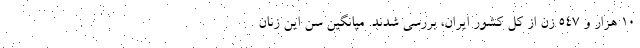
۱۰ هزار و ۵۴۷ زن از کل کشور ایران، بررسی شدند. میانگین سن این زنان